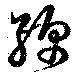
綿